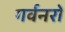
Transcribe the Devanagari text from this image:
गर्वनरों